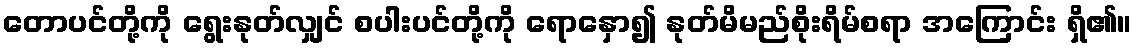
တောပင်တို့ကို ရွေးနုတ်လျှင် စပါးပင်တို့ကို ရောနှော၍ နုတ်မိမည်စိုးရိမ်စရာ အကြောင်း ရှိ၏။